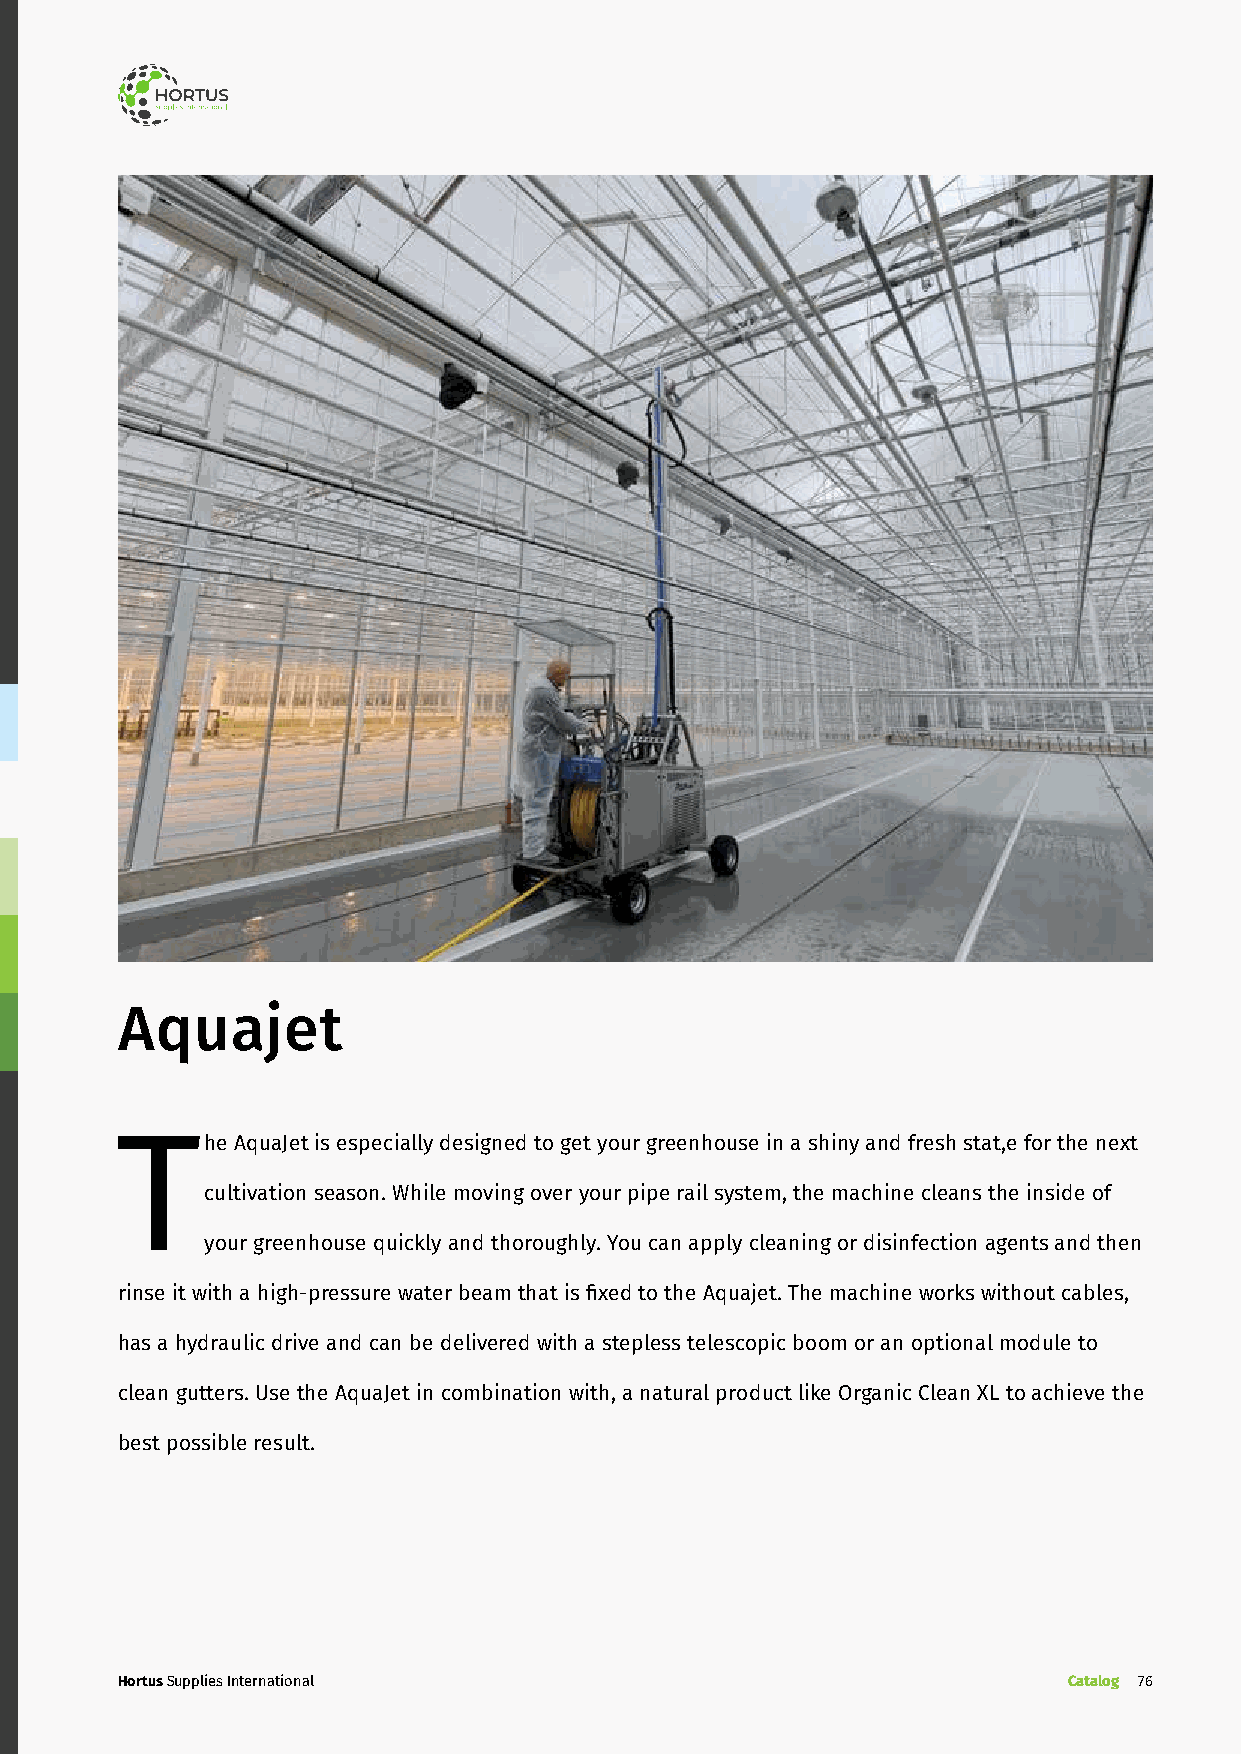
Aquajet
 The    AquaJet is especially designed to get your greenhouse in a shiny and fresh stat,e for the next
 cultivation season. While moving over your pipe rail system, the machine cleans the inside of
 your greenhouse quickly and thoroughly. You can apply cleaning or disinfection agents and then
 rinse it with a high-pressure water beam that is fixed to the Aquajet. The machine works without cables,
 has a hydraulic drive and can be delivered with a stepless telescopic boom or an optional module to
 clean gutters. Use the AquaJet in combination with, a natural product like Organic Clean XL to achieve the
 best possible result.
 Hortus Supplies International                                  Catalog 76